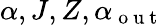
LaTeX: \alpha,J,Z,\alpha_{\mathrm{~o~u~t~}}